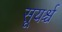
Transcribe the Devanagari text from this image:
सूयर्श्च